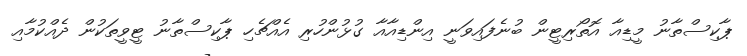
ޕާކިސްތާނު މީޑިއާ އޮތޯރިޓީން ބުނެފައިވަނީ އިންޑިއާއާ ގުޅުންހުރި އެއްޗެހި ޕާކިސްތާނު ޓީވީތަކުން ދެއްކުމާއި